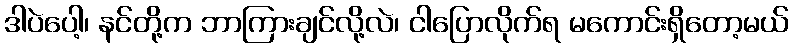
ဒါပဲပေါ့၊ နင်တို့က ဘာကြားချင်လို့လဲ၊ ငါပြောလိုက်ရ မကောင်းရှိတော့မယ်